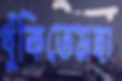
ধুঁকিতেমহা